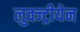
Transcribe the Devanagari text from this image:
लुक्ज्ट्रीयेन